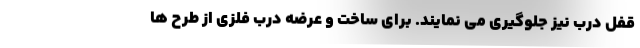
قفل درب نیز جلوگیری می نمایند. برای ساخت و عرضه درب فلزی از طرح ها